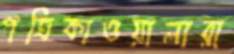
পত্রিকাওয়ালারা